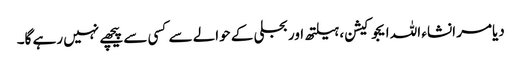
دیامر انشاء اللہ ایجوکیشن، ہیلتھ اور بجلی کے حوالے سے کسی سے پیچھے نہیں رہے گا۔